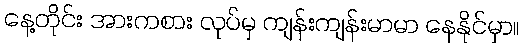
နေ့တိုင်း အားကစား လုပ်မှ ကျန်းကျန်းမာမာ နေနိုင်မှာ။